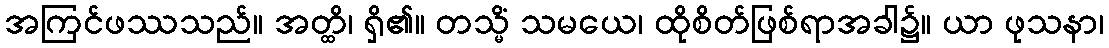
အကြင်ဖဿသည်။ အတ္ထိ၊ ရှိ၏။ တသ္မိံ သမယေ၊ ထိုစိတ်ဖြစ်ရာအခါ၌။ ယာ ဖုသနာ၊